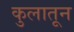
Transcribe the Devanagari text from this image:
कुलातून